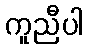
ကူညီပါ